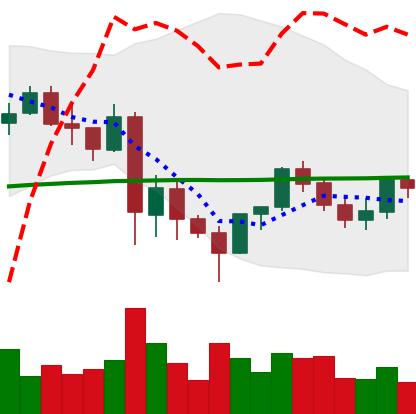
Ticker: LINK-USD
Chart end date: 2021-06-01
Forward return: -10.253%
Label: down_7plus